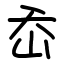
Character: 岙